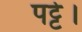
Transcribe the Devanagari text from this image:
पट्टे।